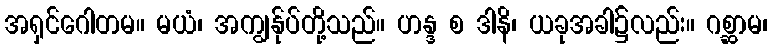
အရှင်ဂေါတမ။ မယံ၊ အကျွန်ုပ်တို့သည်။ ဟန္ဒ စ ဒါနိ၊ ယခုအခါ၌လည်း။ ဂစ္ဆာမ၊